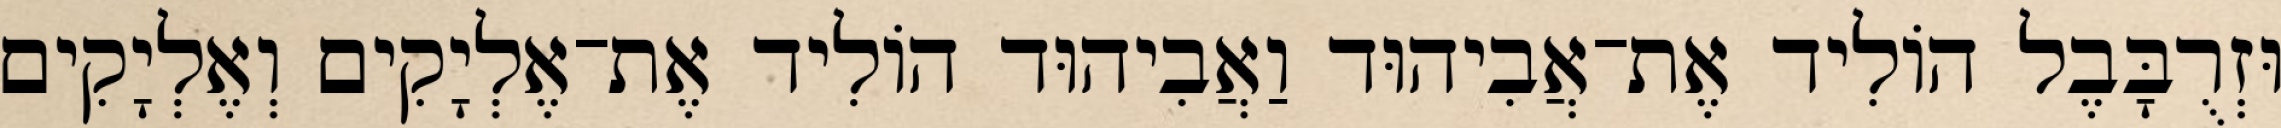
וּזְרֻבָּבֶל הוֹלִיד אֶת־אֲבִיהוּד וַאֲבִיהוּד הוֹלִיד אֶת־אֶלְיָקִים וְאֶלְיָקִים